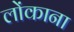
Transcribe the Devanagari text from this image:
लोंकाना